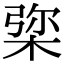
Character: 𣓔